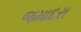
જમાદરા